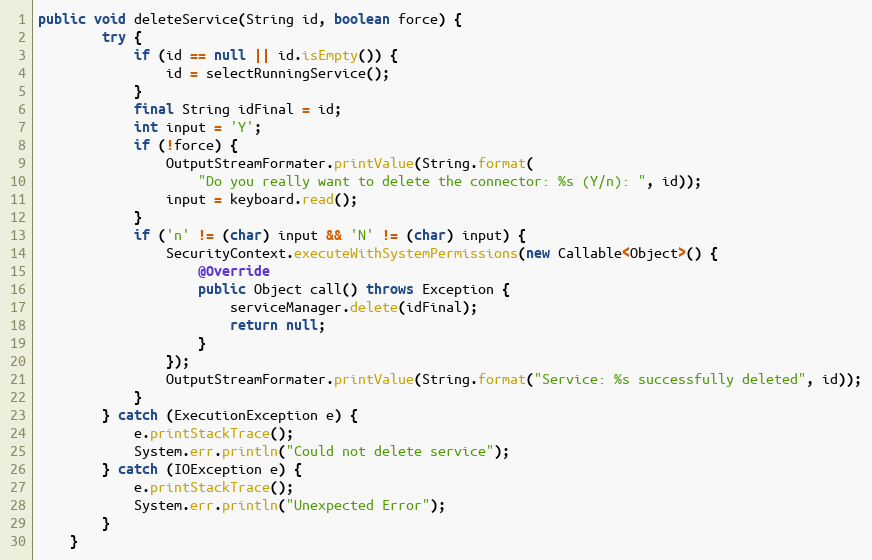
Language: Java
public void deleteService(String id, boolean force) {
        try {
            if (id == null || id.isEmpty()) {
                id = selectRunningService();
            }
            final String idFinal = id;
            int input = 'Y';
            if (!force) {
                OutputStreamFormater.printValue(String.format(
                    "Do you really want to delete the connector: %s (Y/n): ", id));
                input = keyboard.read();
            }
            if ('n' != (char) input && 'N' != (char) input) {
                SecurityContext.executeWithSystemPermissions(new Callable<Object>() {
                    @Override
                    public Object call() throws Exception {
                        serviceManager.delete(idFinal);
                        return null;
                    }
                });
                OutputStreamFormater.printValue(String.format("Service: %s successfully deleted", id));
            }
        } catch (ExecutionException e) {
            e.printStackTrace();
            System.err.println("Could not delete service");
        } catch (IOException e) {
            e.printStackTrace();
            System.err.println("Unexpected Error");
        }
    }